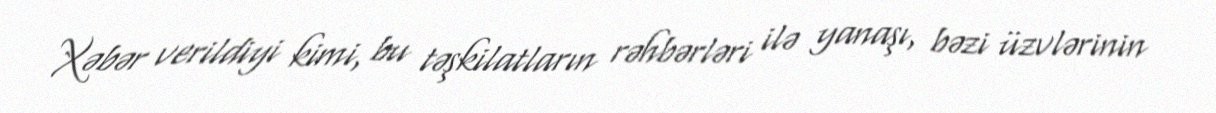
Xəbər verildiyi kimi, bu təşkilatların rəhbərləri ilə yanaşı, bəzi üzvlərinin